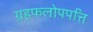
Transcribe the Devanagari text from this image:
ग्रहफलोपपत्ति